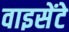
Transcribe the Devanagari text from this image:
वाइसेंटे